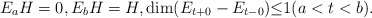
\begin{align*}E_{a}H=0,E_{b}H=H, \dim(E_{t+0}-E_{t-0}){\leq}1 (a<t<b).\end{align*}